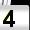
Digit: 4